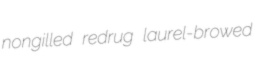
nongilled redrug laurel-browed